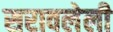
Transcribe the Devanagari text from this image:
सरावलेली